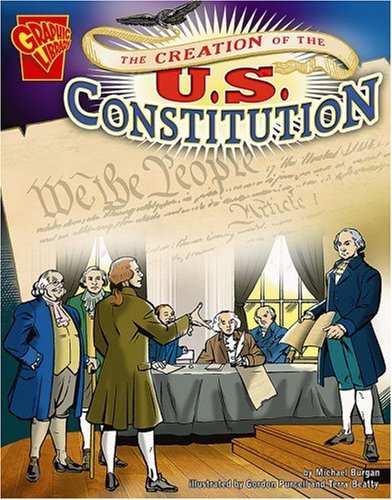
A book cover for The Creation of the U.S. Constitution (Graphic History); Michael Burgan; Children's Books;